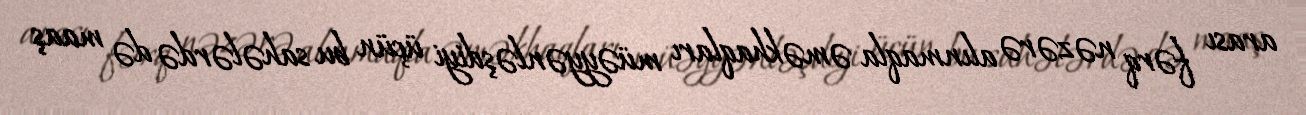
arası fərq nəzərə alınmaqla əməkhaqları müəyyənləşdiyi üçün bu sahələrdə də maaş